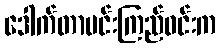
ဒေါက်တာမင်းကြည်ဝင်းက